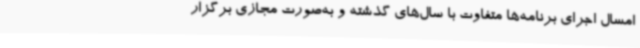
امسال اجرای برنامه‌ها متفاوت با سال‌های گذشته و به‌صورت مجازی برگزار